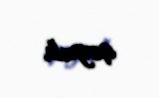
qoyub.